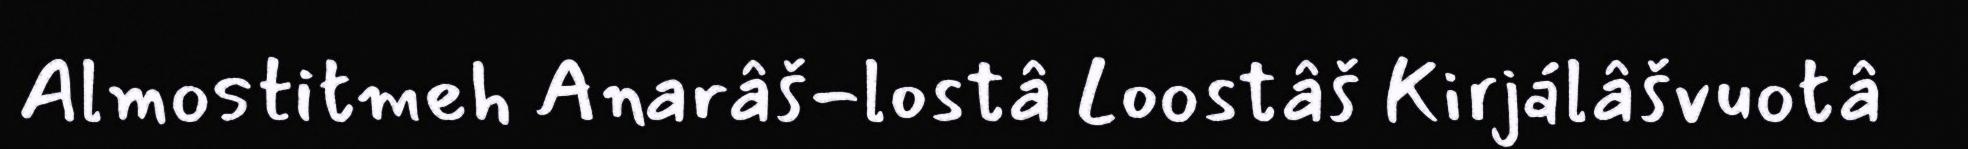
Almostitmeh Anarâš-lostâ Loostâš Kirjálâšvuotâ